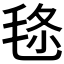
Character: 𣭬